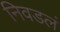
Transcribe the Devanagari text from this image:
निवडलं